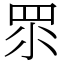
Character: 眔